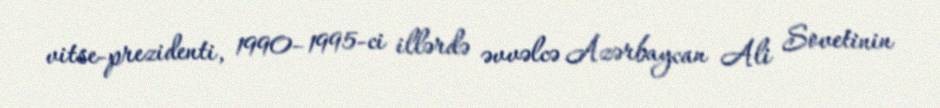
vitse-prezidenti, 1990–1995-ci illərdə əvvəlcə Azərbaycan Ali Sovetinin